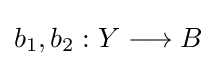
b_{1},b_{2}:Y\longrightarrow B